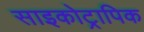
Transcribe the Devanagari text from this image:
साइकोट्रापिक